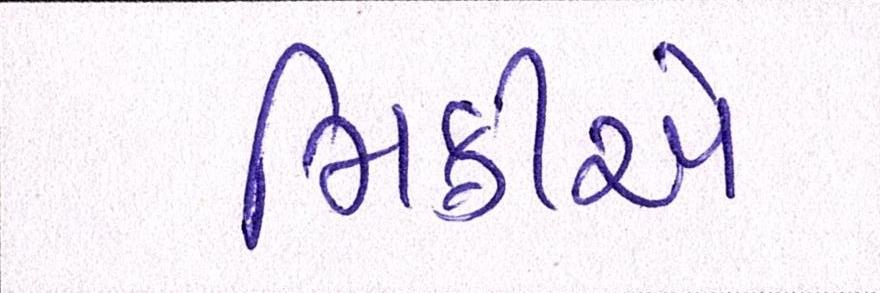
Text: મિક્રીએ